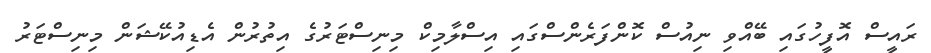
ރައީސް އޮފީހުގައި ބޭއްވި ނިއުސް ކޮންފަރެންސްގައި އިސްލާމިކް މިނިސްޓަރުގެ އިތުރުން އެޑިއުކޭޝަން މިނިސްޓަރު